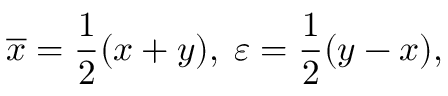
\overline { { { x } } } = \frac 1 2 ( x + y ) , \; \varepsilon = \frac 1 2 ( y - x ) ,